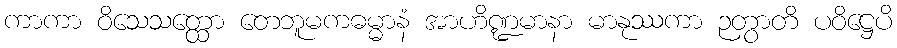
ကာကာ ဝိသေသတ္ထော တေဘူမကဓမ္မာနံ အာဟိဏ္ဍမာနာ မာနုဿကာ ဉတွာတိ ပဝိဋ္ဌေပိ